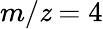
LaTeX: m/\mathit{z}=4